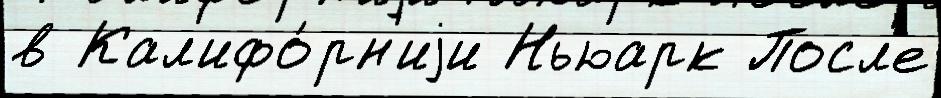
в Кал'ифо́рн'иjи Ньюарк Посл'е